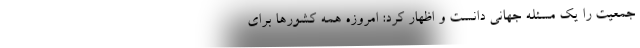
جمعیت را یک مسئله جهانی دانست و اظهار کرد: امروزه همه کشورها برای